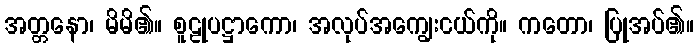
အတ္တနော၊ မိမိ၏။ စူဠုပဋ္ဌာကော၊ အလုပ်အကျွေးငယ်ကို။ ကတော၊ ပြုအပ်၏။